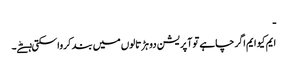
ـ
ایم کیو ایم اگر چاہے تو آپریشن دو ہڑتالوں میں بند کرواسکتی ہےؕ۔